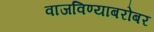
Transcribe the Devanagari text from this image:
वाजविण्याबरोबर